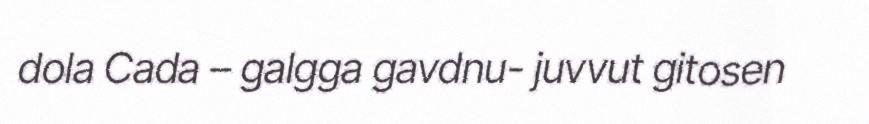
dola Cada – galgga gavdnu- juvvut gitosen